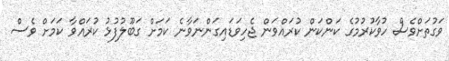
ވަގުތަށްވެސް ހުވާކުރުމުގެ ކަންކަން ކުރައްވަން ޖެހިވަޑައިގަންނަވާނެ ކަމަށް ގަބޫލުފުޅު ކުރައްވާ ކަމަށް ވެސް